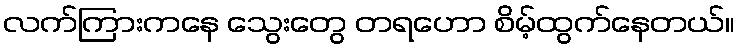
လက်ကြားကနေ သွေးတွေ တရဟော စိမ့်ထွက်နေတယ်။